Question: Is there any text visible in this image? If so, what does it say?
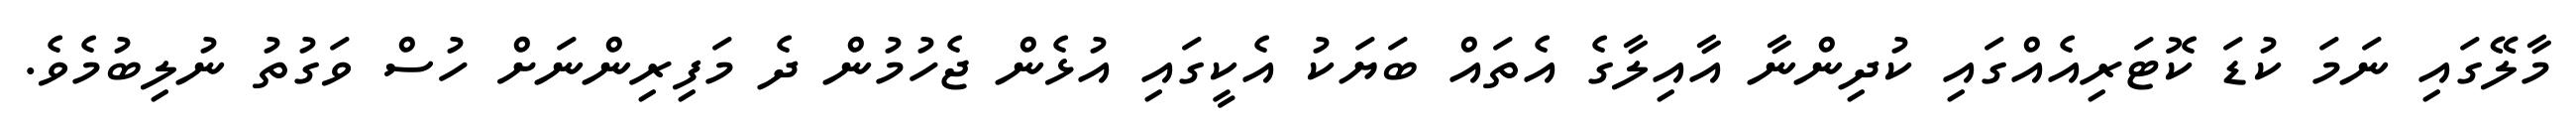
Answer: މާލޭގައި ނަމަ ކުޑަ ކޮޓަރިއެއްގައި ކުދިންނާ އާއިލާގެ އެތައް ބަޔަކު އެކީގައި އުޅެން ޖެހުމުން ދެ މަފިރިންނަށް ހުސް ވަގުތު ނުލިބުމެވެ.